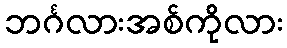
ဘင်္ဂလားအစ်ကိုလား